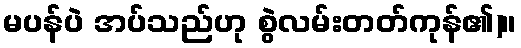
မပန်ပဲ အပ်သည်ဟု စွဲလမ်းတတ်ကုန်၏)။